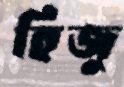
হিজু